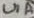
Text: U1A